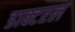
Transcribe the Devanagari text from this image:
डाक्टरल